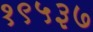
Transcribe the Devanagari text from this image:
१९५३७